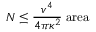
N \leq { \frac { v ^ { 4 } } { 4 \pi \kappa ^ { 2 } } } \; \mathrm { a r e a }